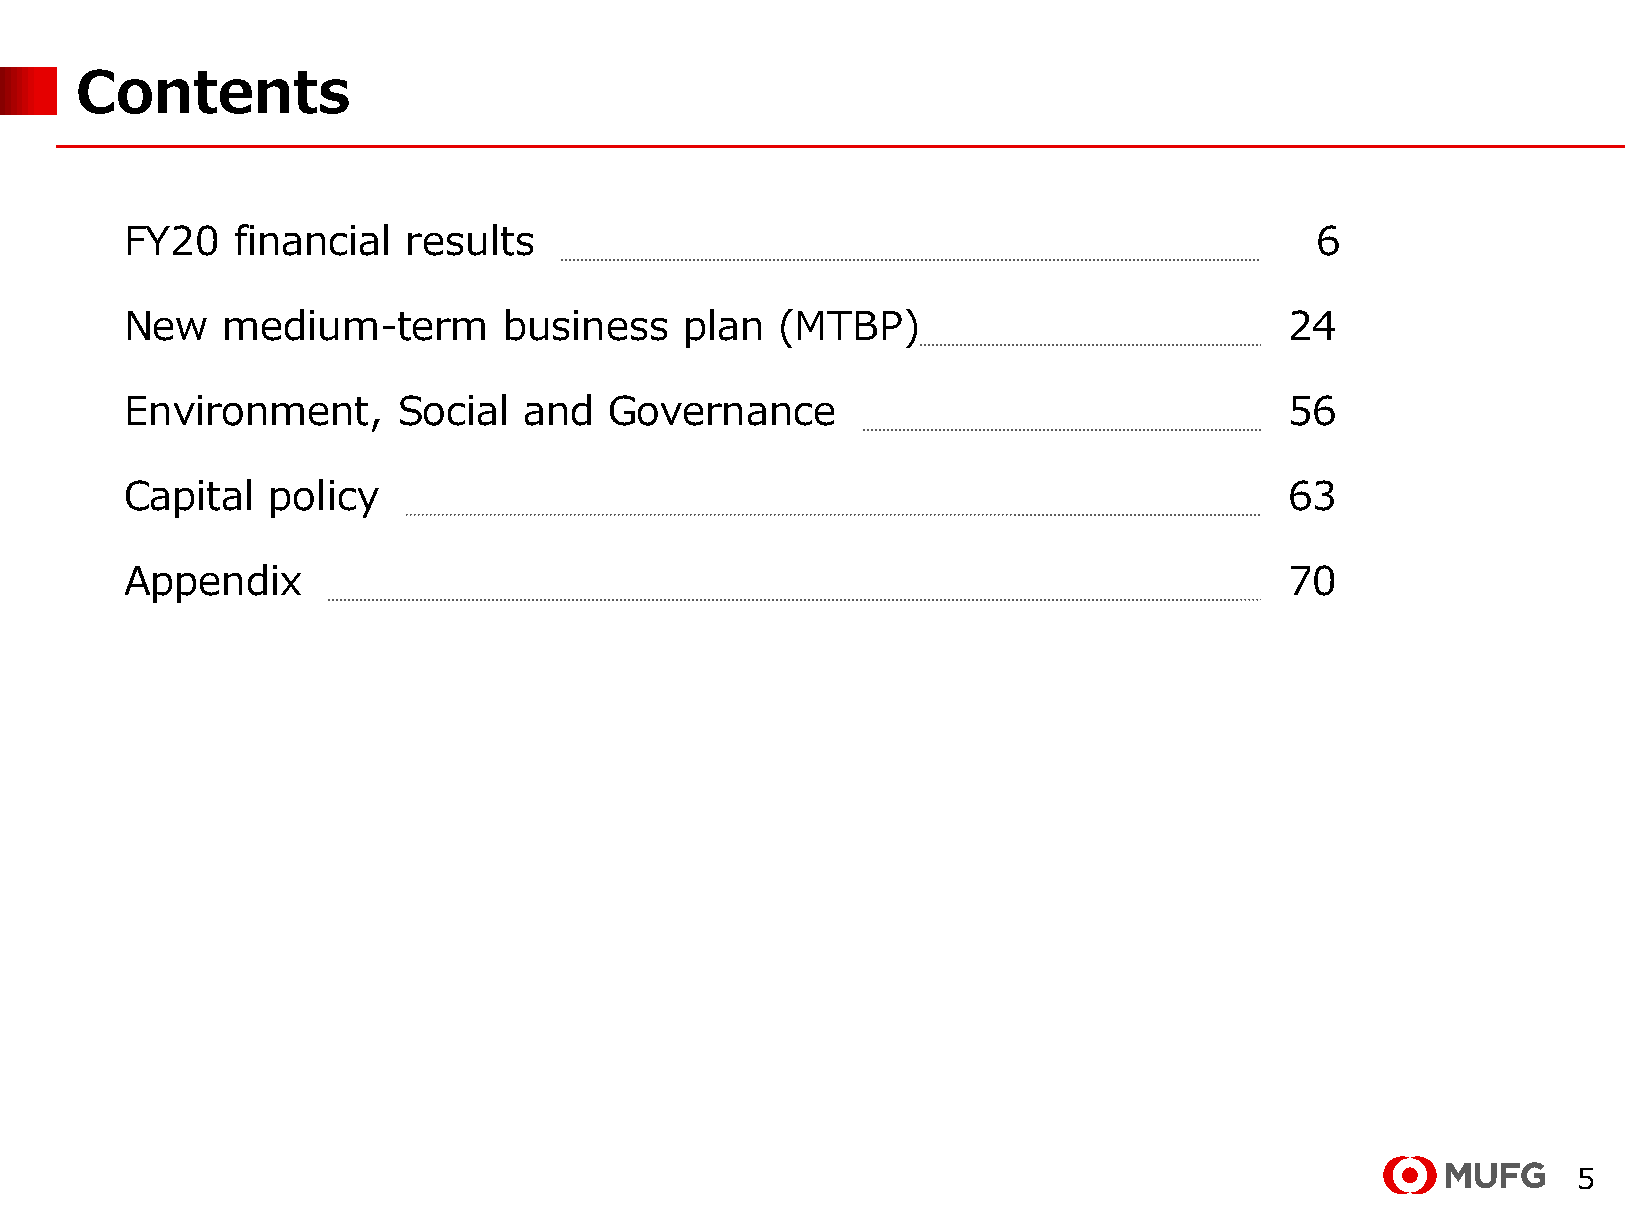
Contents
 FY20   financial   results                                                     6
 New    medium-term       business    plan  (MTBP)                            24
 Environment,      Social   and  Governance                                   56
 Capital   policy                                                             63
 Appendix                                                                     70
 5